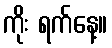
ကိုး ရက်နေ့။